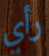
رأي